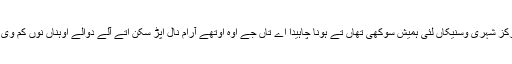
بودھی مرکز شہری وسنیکاں لئی ہمیش سوکھی تھاں تے ہونا چاہیدا اے تاں جے اوہ اوتھے آرام نال اپڑ سکن اتے آلے دوالے اوہناں نوں کم وی لبھ جاۓ۔